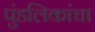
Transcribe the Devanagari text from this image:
पुंडलिकांचा